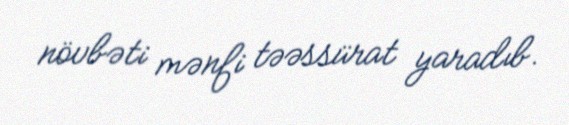
növbəti mənfi təəssürat yaradıb.